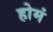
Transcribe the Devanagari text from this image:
होमं